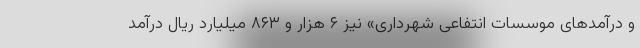
و درآمدهای موسسات انتفاعی شهرداری» نیز ۶ هزار و ۸۶۳ میلیارد ریال درآمد